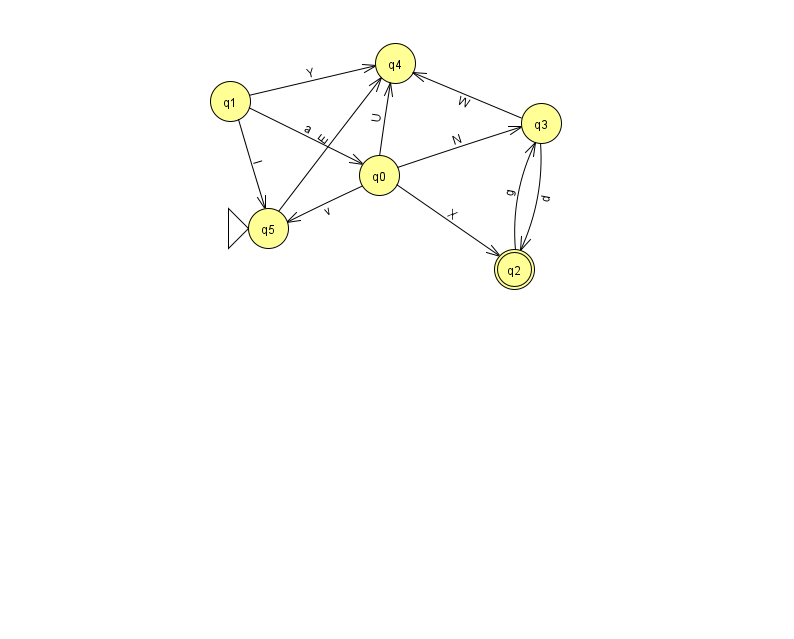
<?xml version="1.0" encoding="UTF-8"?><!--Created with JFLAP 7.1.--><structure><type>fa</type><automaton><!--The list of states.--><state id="0" name="q0"><x>379.0</x><y>162.0</y></state><state id="1" name="q1"><x>230.0</x><y>88.0</y></state><state id="2" name="q2"><x>514.0</x><y>256.0</y><final/></state><state id="3" name="q3"><x>541.0</x><y>110.0</y></state><state id="4" name="q4"><x>395.0</x><y>50.0</y></state><state id="5" name="q5"><x>268.0</x><y>215.0</y><initial/></state><!--The list of transitions.--><transition><from>1</from><to>5</to><read>I</read></transition><transition><from>5</from><to>4</to><read>E</read></transition><transition><from>0</from><to>2</to><read>X</read></transition><transition><from>1</from><to>0</to><read>a</read></transition><transition><from>1</from><to>4</to><read>Y</read></transition><transition><from>0</from><to>5</to><read>v</read></transition><transition><from>0</from><to>4</to><read>U</read></transition><transition><from>2</from><to>3</to><read>g</read></transition><transition><from>0</from><to>3</to><read>N</read></transition><transition><from>3</from><to>2</to><read>d</read></transition><transition><from>3</from><to>4</to><read>W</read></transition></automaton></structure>